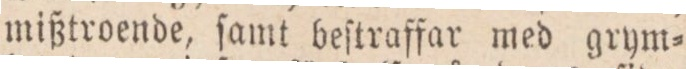
mißtroende, ſamt beſtraffar med grym=